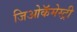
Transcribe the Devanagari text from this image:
जिओकॅमेस्ट्री